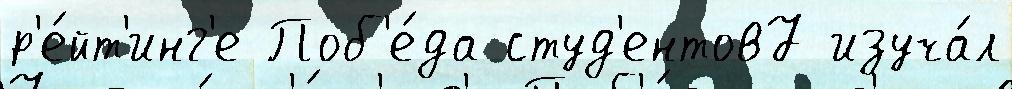
р'е́йт'инг'е Поб'е́да студ'ентов7 изуча́л